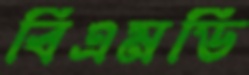
বিএমডি